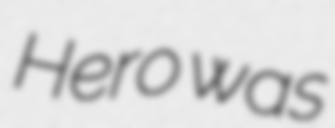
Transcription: Hero was